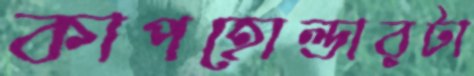
কাপহোল্ডারটা